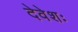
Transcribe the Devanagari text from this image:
देवेशः